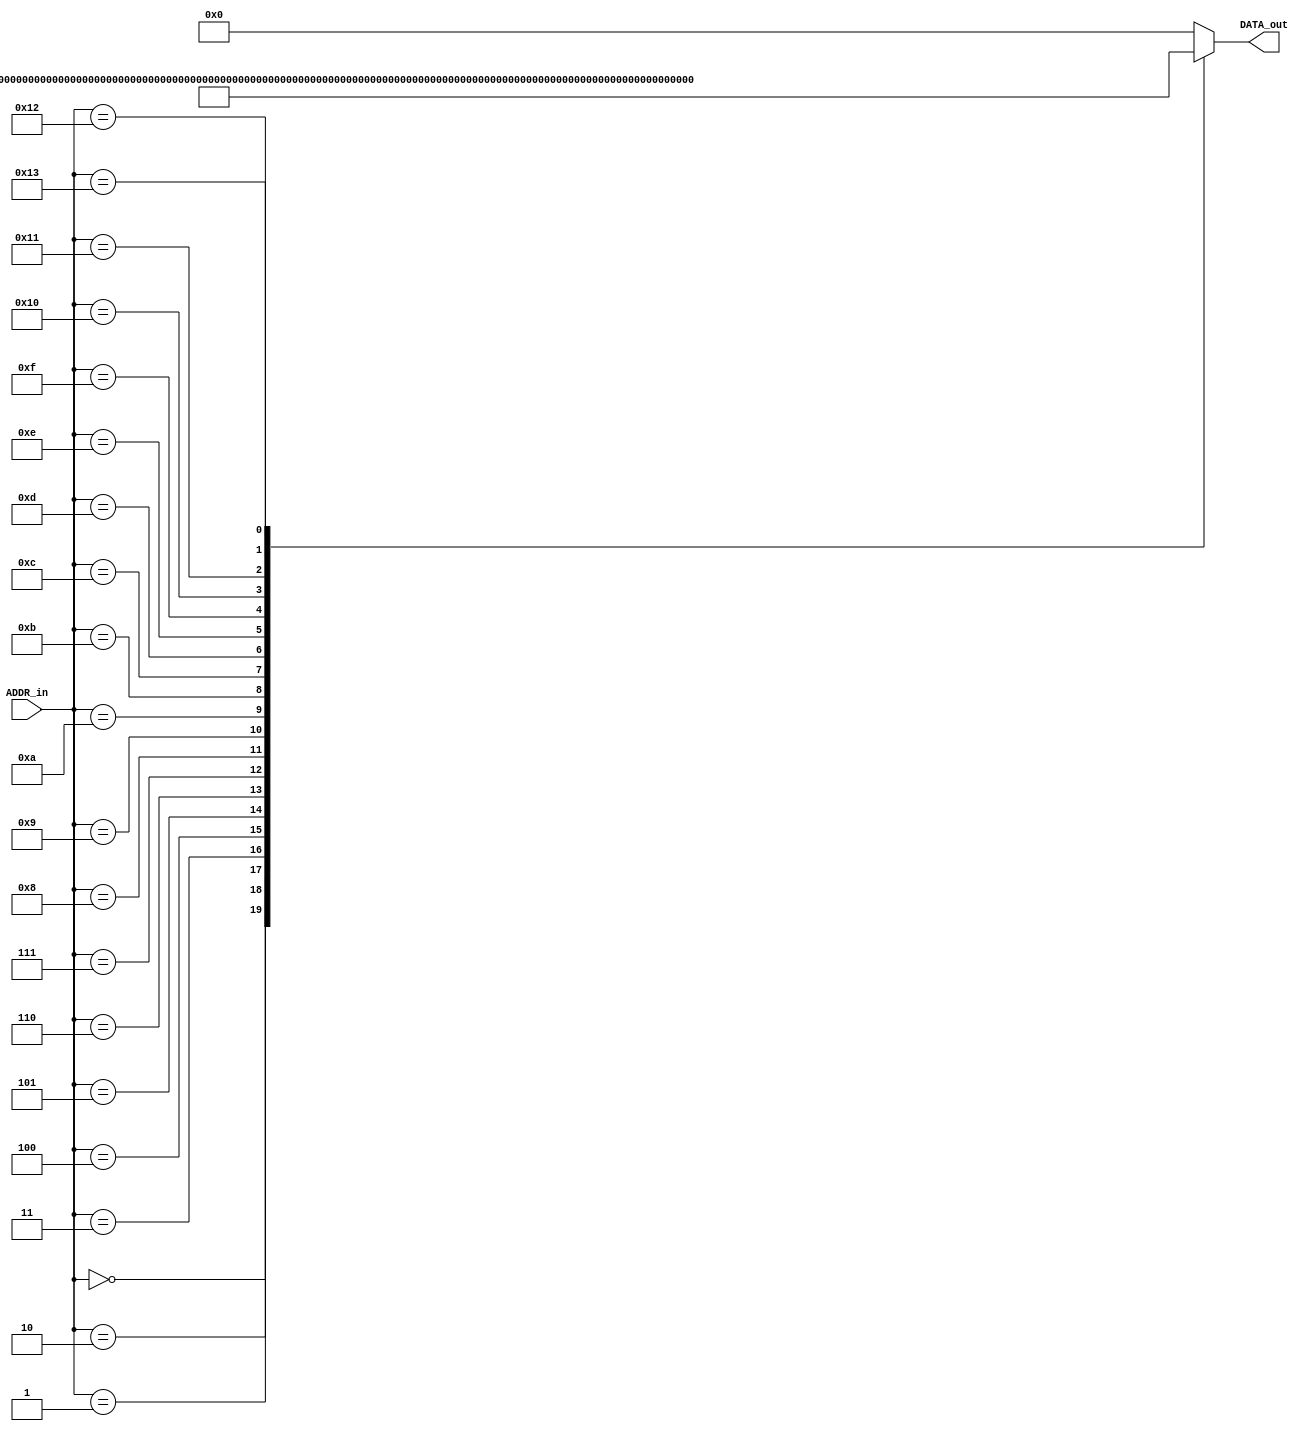
/*
 * DO NOT EDIT THIS FILE, your changes will be overwritten
 * This is an automatically generated file.
 * It was generated with uasm, the microassembler, on
 * Tue Jul 04 10:30:21 2017
 */

/*
 * This case statement was generated with the following
 *   fields:

   wire [31:0]  DATA_out;
   wire [ 2:0]  ASEL;
   wire [ 2:0]  BSEL;
   wire [ 2:0]  DSEL;
   wire [ 3:0]  SSEL;
   wire [ 2:0]  HSEL;
   wire         MUX1;
   wire [ 2:0]  MUX2;
   wire [ 7:0]  ADRS;
   wire [ 3:0]  MISC;


   assign                 ASEL = DATA_out[31:29];    // bit size:3
   assign                 BSEL = DATA_out[28:26];    // bit size:3
   assign                 DSEL = DATA_out[25:23];    // bit size:3
   assign                 SSEL = DATA_out[22:19];    // bit size:4
   assign                 HSEL = DATA_out[18:16];    // bit size:3
   assign                 MUX1 = DATA_out[15];       // bit size:1
   assign                 MUX2 = DATA_out[14:12];    // bit size:3
   assign                 ADRS = DATA_out[11: 4];    // bit size:8
   assign                 MISC = DATA_out[ 3: 0];    // bit size:4
 *
 * Yeilding a total data width of 32 bits for 9 fields.
 * The maximum address encountered was 0xff, needing 8 bits
 */
`timescale 1ns/1ns
module microcode_rom (ADDR_in,DATA_out);
   input  [ 7:0] ADDR_in;
   output [31:0] DATA_out;

   reg    [31:0] DATA_out_r;

   assign DATA_out = DATA_out_r;
   always @(ADDR_in)
     begin
        case(ADDR_in)
          /* START: */
          8'h0: DATA_out_r = 32'b000_000_001_0000_000_0_000_00000000_0000;
          8'h1: DATA_out_r = 32'b001_000_010_0001_000_0_000_00000000_0000;
          8'h2: DATA_out_r = 32'b100_101_010_0010_000_0_000_00000000_0000;
          8'h3: DATA_out_r = 32'b100_101_010_0101_000_0_000_00000000_0000;
          8'h4: DATA_out_r = 32'b010_000_010_0110_000_0_000_00000000_0000;
          8'h5: DATA_out_r = 32'b010_000_001_0111_000_0_000_00000000_0000;
          8'h6: DATA_out_r = 32'b101_100_010_1000_000_0_000_00000000_0000;
          8'h7: DATA_out_r = 32'b101_100_010_1010_000_0_000_00000000_0000;
          8'h8: DATA_out_r = 32'b101_100_010_1100_000_0_000_00000000_0000;
          8'h9: DATA_out_r = 32'b110_000_010_1110_000_0_000_00000000_0000;
          8'ha: DATA_out_r = 32'b111_000_010_0000_000_0_000_00000000_0000;
          8'hb: DATA_out_r = 32'b111_000_010_0000_001_0_000_00000000_0000;
          8'hc: DATA_out_r = 32'b111_000_010_0000_010_0_000_00000000_0000;
          8'hd: DATA_out_r = 32'b010_000_010_0000_011_0_000_00000000_0000;
          8'he: DATA_out_r = 32'b100_101_010_0010_100_0_000_00000000_0000;
          8'hf: DATA_out_r = 32'b010_101_010_0000_100_0_000_00000000_0000;
          8'h10: DATA_out_r = 32'b010_000_010_0000_101_0_000_00000000_0000;
          8'h11: DATA_out_r = 32'b111_000_010_0000_110_0_000_00000000_0000;
          8'h12: DATA_out_r = 32'b100_101_010_0010_111_0_000_00000000_0000;
          8'h13: DATA_out_r = 32'b010_000_010_0000_111_0_001_00000000_0000;
          8'hff: DATA_out_r = 32'b000_000_000_0000_000_0_000_00000000_0000;
          default: DATA_out_r = 32'b0;
       endcase
     end
endmodule